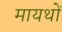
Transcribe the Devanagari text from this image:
मायथों